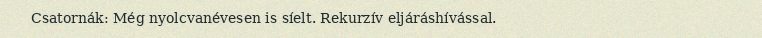
Csatornák: Még nyolcvanévesen is síelt. Rekurzív eljáráshívással.